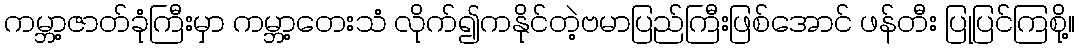
ကမ္ဘာ့ဇာတ်ခုံကြီးမှာ ကမ္ဘာ့တေးသံ လိုက်၍ကနိုင်တဲ့ဗမာပြည်ကြီးဖြစ်အောင် ဖန်တီး ပြုပြင်ကြစို့။